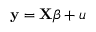
\mathbf { y } = \mathbf { X } \beta + u